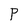
Character: P